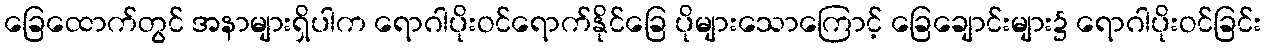
ခြေထောက်တွင် အနာများရှိပါက ရောဂါပိုးဝင်ရောက်နိုင်ခြေ ပိုများသောကြောင့် ခြေချောင်းများ၌ ရောဂါပိုးဝင်ခြင်း